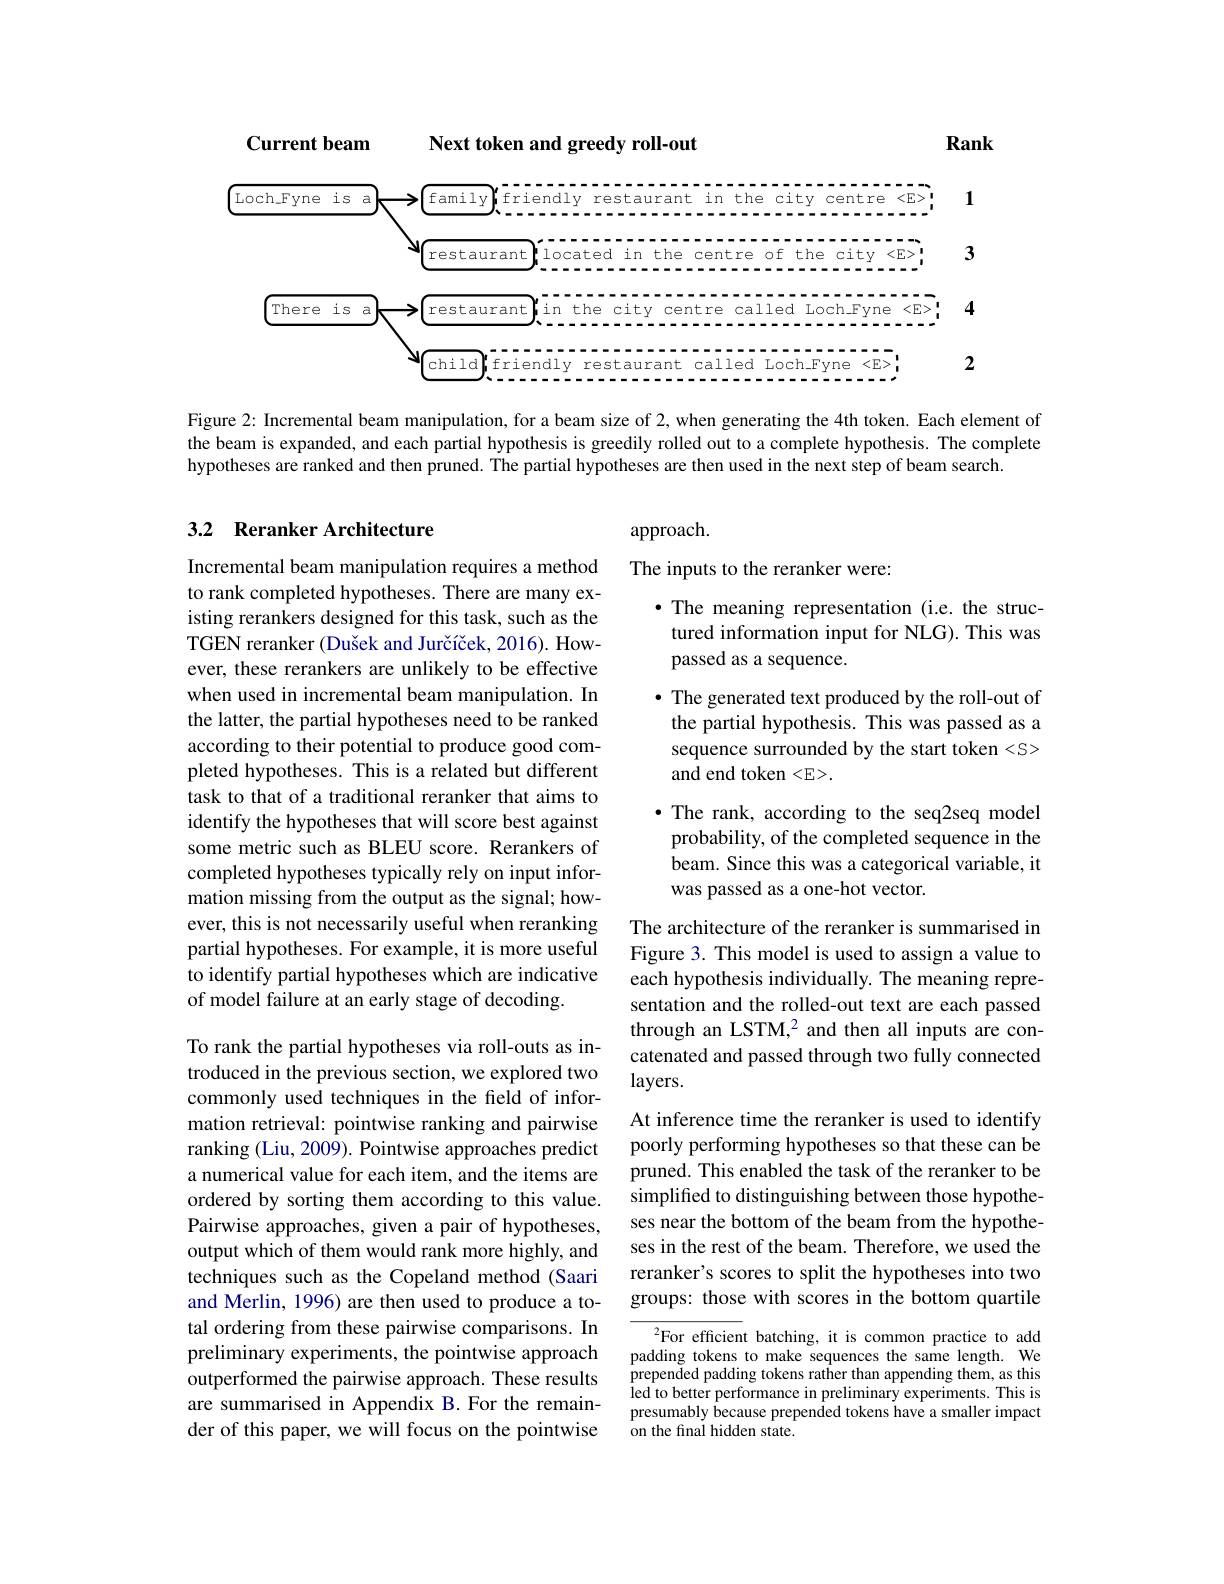
## Next token and greedy roll-out

Rank

Current beam

<FigureHere>

Figure 2: Incremental beam manipulation, for a beam size of 2, when generating the 4th token. Each element of the beam is expanded, and each partial hypothesis is greedily rolled out to a complete hypothesis. The complete hypotheses are ranked and then pruned. The partial hypotheses are then used in the next step of beam search

### 3.2 Reranker Architecture

approach.
The inputs to the reranker were:
$\bullet$ The meaning representation (i.e. the structured information input for NLG). This was passed as a sequence.
$\bullet$ The generated text produced by the roll-out of the partial hypothesis. This was passed as a sequence surrounded by the start token <S> and end token <E>.
$\bullet$ The rank, according to the seq2seq model probability, of the completed sequence in the beam. Since this was a categorical variable, it was passed as a one-hot vector.

Incremental beam manipulation requires a method to rank completed hypotheses. There are many existing rerankers designed for this task, such as the TGEN reranker (Dušek and Jurčíček, 2016). However, these rerankers are unlikely to be effective when used in incremental beam manipulation. In the latter, the partial hypotheses need to be ranked according to their potential to produce good completed hypotheses. This is a related but different task to that of a traditional reranker that aims to identify the hypotheses that will score best against some metric such as BLEU score. Rerankers of completed hypotheses typically rely on input information missing from the output as the signal; however, this is not necessarily useful when reranking partial hypotheses. For example, it is more useful to identify partial hypotheses which are indicative of model failure at an early stage of decoding.

The architecture of the reranker is summarised in Figure 3. This model is used to assign a value to each hypothesis individually. The meaning representation and the rolled-out text are each passed through an LSTM,2 and then all inputs are concatenated and passed through two fully connected layers.

At inference time the reranker is used to identify poorly performing hypotheses so that these can be pruned. This enabled the task of the reranker to be simplified to distinguishing between those hypotheses near the bottom of the beam from the hypotheses in the rest of the beam. Therefore, we used the reranker's scores to split the hypotheses into two groups: those with scores in the bottom quartile

To rank the partial hypotheses via roll-outs as introduced in the previous section, we explored two commonly used techniques in the field of information retrieval: pointwise ranking and pairwise ranking (Liu, 2009). Pointwise approaches predict a numerical value for each item, and the items are ordered by sorting them according to this value. Pairwise approaches, given a pair of hypotheses, output which of them would rank more highly, and techniques such as the Copeland method (Saari and Merlin, 1996) are then used to produce a total ordering from these pairwise comparisons. In preliminary experiments, the pointwise approach outperformed the pairwise approach. These results are summarised in Appendix B. For the remainder of this paper, we will focus on the pointwise

$^{2}$For efficient batching, it is common practice to add padding tokens to make sequences the same length. We prepended padding tokens rather than appending them, as this led to better performance in preliminary experiments. This is presumably because prepended tokens have a smaller impact on the final hidden state.